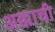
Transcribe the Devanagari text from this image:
अक्काची